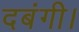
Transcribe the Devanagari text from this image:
दबंगी।